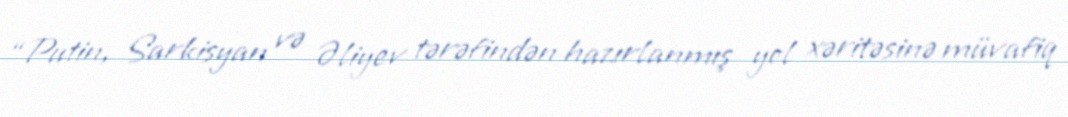
“Putin, Sarkisyan və Əliyev tərəfindən hazırlanmış yol xəritəsinə müvafiq